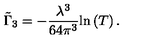
\tilde { \Gamma } _ { 3 } = - \frac { \lambda ^ { 3 } } { 6 4 \pi ^ { 3 } } \mathrm { l n } \left( T \right) .